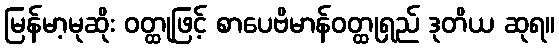
မြန်မာ့မုဆိုး ဝတ္ထုဖြင့် စာပေဗိမာန်ဝတ္ထုရှည် ဒုတိယ ဆုရ။